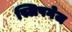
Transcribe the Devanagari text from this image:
स्लिपगेज